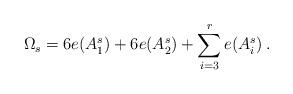
LaTeX: \begin{align*}\Omega_s=6e(A^s_1)+6e(A^s_2)+\sum_{i=3}^r e(A^s_i)\,.\end{align*}